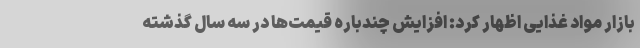
بازار مواد غذایی اظهار کرد: افزایش چندباره قیمت‌ها در سه سال گذشته